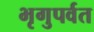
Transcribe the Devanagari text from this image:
भृगुपर्वत